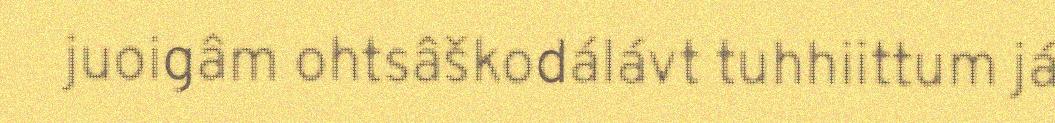
juoigâm ohtsâškodálávt tuhhiittum já